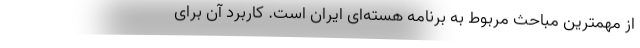
از مهمترین مباحث مربوط به برنامه هسته‌ای ایران است. کاربرد آن برای